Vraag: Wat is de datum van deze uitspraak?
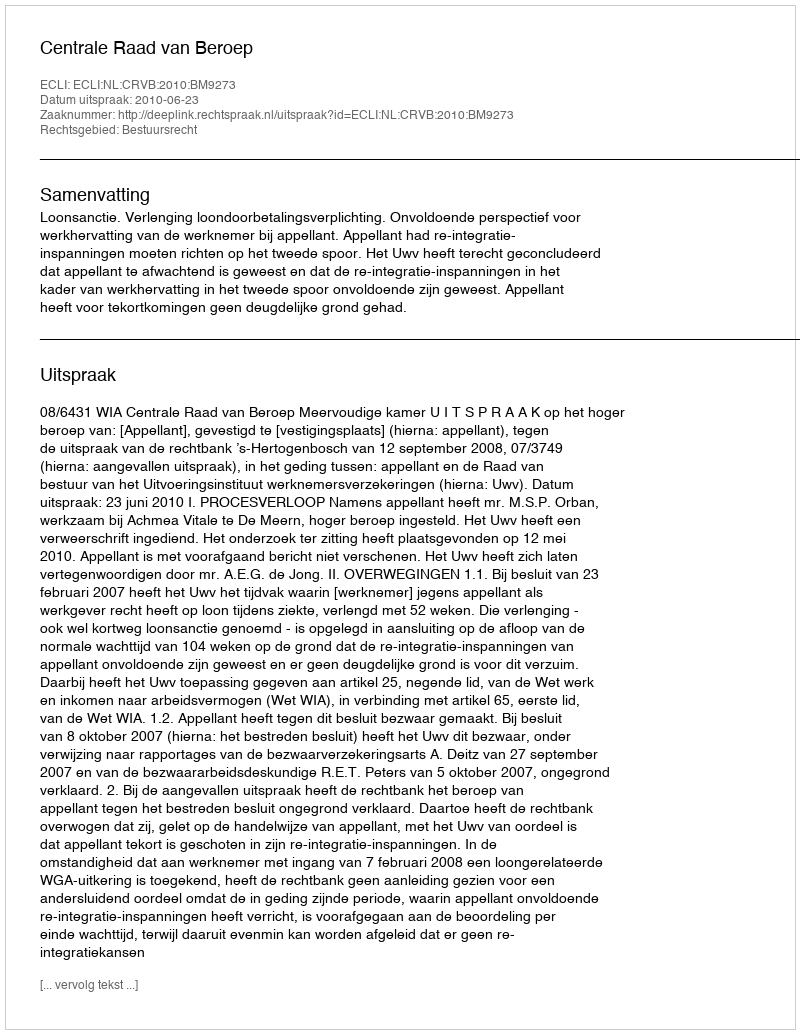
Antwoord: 2010-06-23